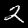
Digit: 2